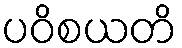
ပဝိစယတိ